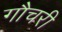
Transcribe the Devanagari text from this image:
गौचरी